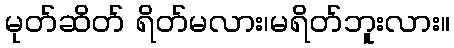
မုတ်ဆိတ် ရိတ်မလား၊မရိတ်ဘူးလား။